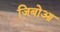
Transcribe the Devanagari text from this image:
जिबोआ